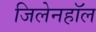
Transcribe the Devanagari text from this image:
जिलेनहॉल